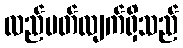
လည်ပတ်လျက်ရှိသည်